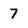
Character: 7